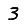
Digit: 3